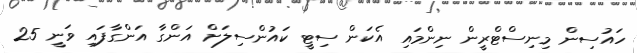
ހައުސިން މިނިސްޓްރީން ނިންމައި އެކަން ސިޓީ ކައުންސިލަށް އަންގާ އަންގާފައި ވަނީ 25